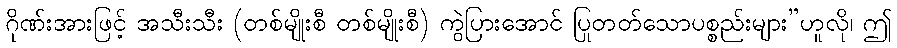
ဂိုဏ်းအားဖြင့် အသီးသီး (တစ်မျိုးစီ တစ်မျိုးစီ) ကွဲပြားအောင် ပြုတတ်သောပစ္စည်းများ”ဟူလို၊ ဤ